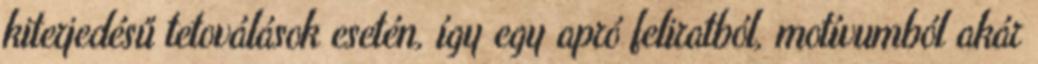
kiterjedésű tetoválások esetén, így egy apró feliratból, motívumból akár